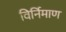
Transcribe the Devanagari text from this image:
विर्निमाण